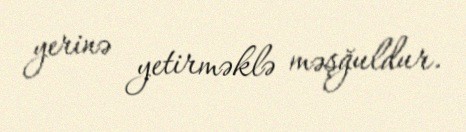
yerinə yetirməklə məşğuldur.